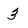
Character: 3